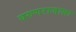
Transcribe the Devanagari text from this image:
वरुणराजाला